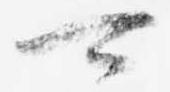
可